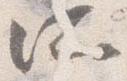
所